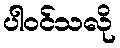
ပါဝင်သလို